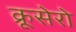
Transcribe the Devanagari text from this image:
क्रूसेरो